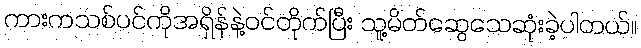
ကားကသစ်ပင်ကိုအရှိန်နဲ့ဝင်တိုက်ပြီး သူ့မိတ်ဆွေသေဆုံးခဲ့ပါတယ်။